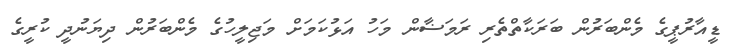
ޑީއާރުޕީގެ މެންބަރުން ބަރަކާތްތެރި ރަމަޟާން މަހު އަޅުކަމަށް މަޖިލީހުގެ މެންބަރުން ދިޔަނުދީ ކުރީގެ